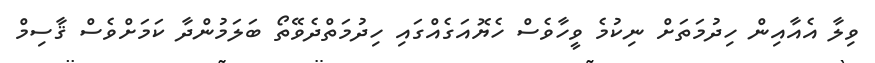
ވިލާ އެއާއިން ހިދުމަތަށް ނިކުމެ ވީހާވެސް ހެޔޮއަގެއްގައި ހިދުމަތްދެވޭތޯ ބަލަމުންދާ ކަމަށްވެސް ޤާސިމް